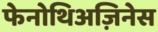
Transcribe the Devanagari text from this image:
फेनोथिअज़िनेस